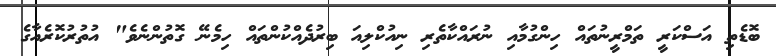
ބޮޑެތި އަސްކަރީ ތަމްރީނުތައް ހިންގުމާއި ނުރައްކާތެރި ނިއުކްލިއަ ބިރުދެއްކުންތައް ހިމެނޭ ގޮތުންނެވެ" އުތުރުކޮރެއާގެ